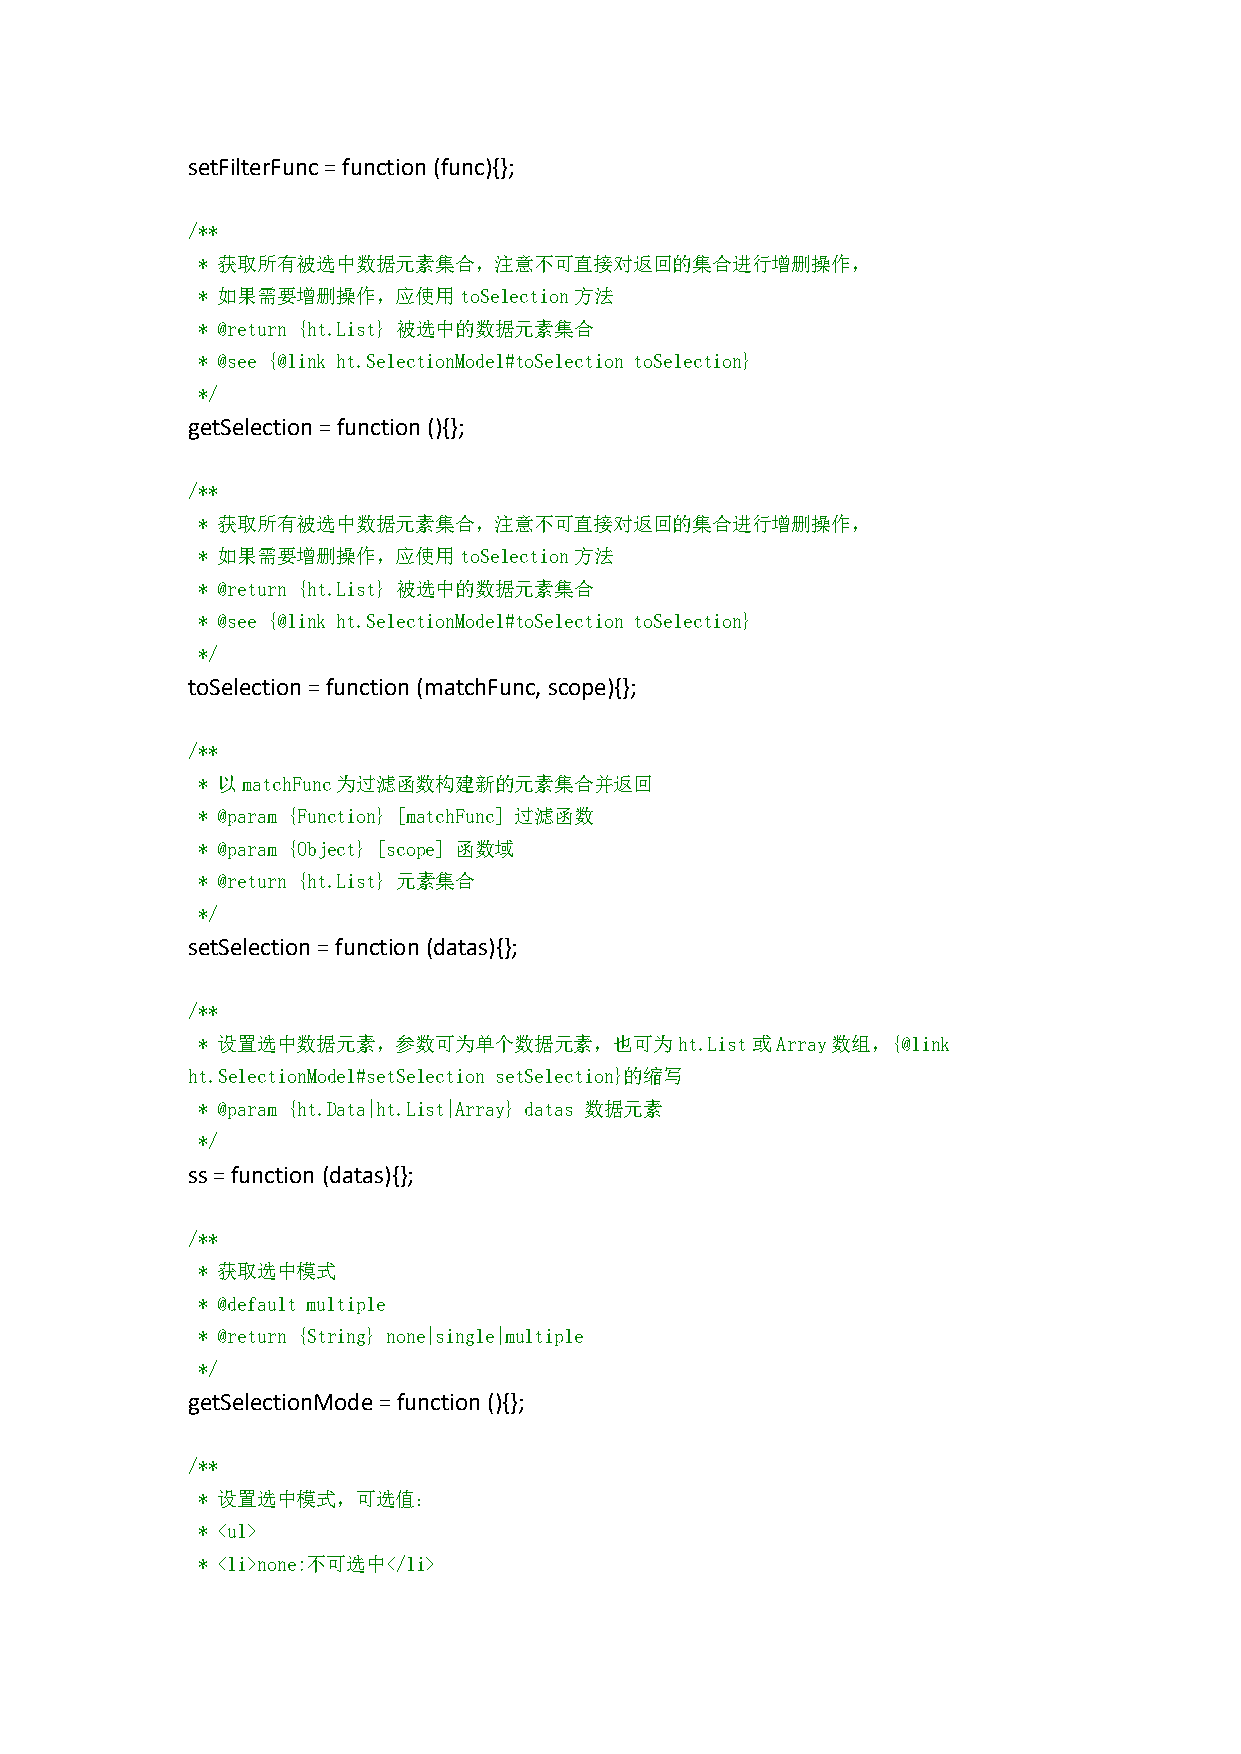
setFilterFunc=function (func){};
 /**
 * 获取所有被选中数据元素集合，注意不可直接对返回的集合进行增删操作，
 * 如果需要增删操作，应使用toSelection方法
 * @return {ht.List} 被选中的数据元素集合
 * @see {@link ht.SelectionModel#toSelection toSelection}
 */
 getSelection=function(){};
 /**
 * 获取所有被选中数据元素集合，注意不可直接对返回的集合进行增删操作，
 * 如果需要增删操作，应使用toSelection方法
 * @return {ht.List} 被选中的数据元素集合
 * @see {@link ht.SelectionModel#toSelection toSelection}
 */
 toSelection=function(matchFunc, scope){};
 /**
 * 以matchFunc为过滤函数构建新的元素集合并返回
 * @param {Function} [matchFunc] 过滤函数
 * @param {Object} [scope] 函数域
 * @return {ht.List} 元素集合
 */
 setSelection=function(datas){};
 /**
 * 设置选中数据元素，参数可为单个数据元素，也可为ht.List或Array数组，{@link
 ht.SelectionModel#setSelection setSelection}的缩写
 * @param {ht.Data|ht.List|Array} datas 数据元素
 */
 ss=function (datas){};
 /**
 * 获取选中模式
 * @default multiple
 * @return {String} none|single|multiple
 */
 getSelectionMode=function(){};
 /**
 * 设置选中模式，可选值：
 * <ul>
 * <li>none:不可选中</li>